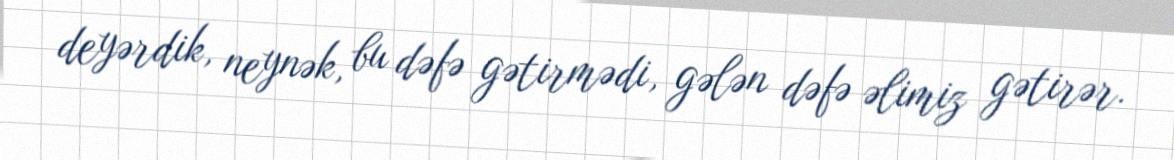
deyərdik, neynək, bu dəfə gətirmədi, gələn dəfə əlimiz gətirər.